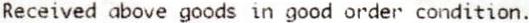
RECEIVED ABOVE GOODS IN GOOD ORDER CONDITION.